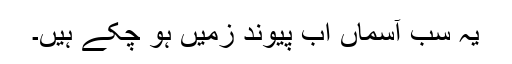
یہ سب آسماں اب پیوند زمیں ہو چکے ہیں۔